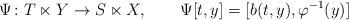
LaTeX: \begin{align*}\Psi\colon T\ltimes Y\to S\ltimes X,\qquad\Psi[t,y]=[b(t,y),\varphi^{-1}(y)]\end{align*}